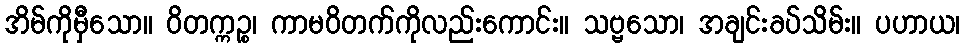
အိမ်ကိုမှီသော။ ဝိတက္ကဉ္စ၊ ကာမဝိတက်ကိုလည်းကောင်း။ သဗ္ဗသော၊ အချင်းခပ်သိမ်း။ ပဟာယ၊